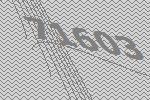
71603